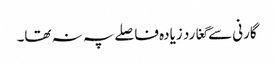
گارنی سے گغارد زیادہ فاصلے پہ نہ تھا۔